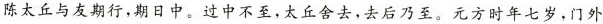
陈太丘与友期行，期日中。过中不至，太丘舍去，去后乃至。元方时年七岁，门外